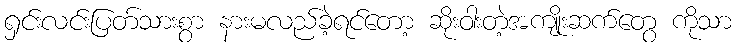
ရှင်းလင်းပြတ်သားစွာ နားမလည်ခဲ့ရင်တော့ ဆိုးဝါးတဲ့အကျိုးဆက်တွေ ကိုသာ